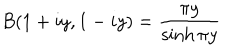
B ( 1 + i y , 1 - i y ) = { \frac { \pi y } { \sinh \pi y } }